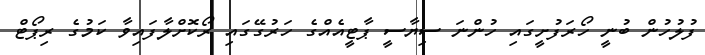
ފުލުހުން ބުނީ ހޯރަފުށީގައި ހުންނަ ސިޔާސީ ޕާޓީއެއްގެ ހަރުގޭގައި ރޯކޮށްލާފައިވާ ކަމުގެ ރިޕޯޓް